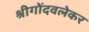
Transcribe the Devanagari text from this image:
श्रीगोंदवलेकर